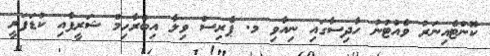
ކޮންޓެއިނަރު ވެއްޓުނު ހާދިސާގައި ނިއާވި މ. ޕެރިސް ވިލާ އިބްރާހިމް ޝަރީފާއި ކުޑަފަރީ